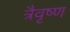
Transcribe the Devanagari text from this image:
त्रैवृष्ण